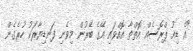
"އެ ޑިއު ޕްރޮސެއް އޮތްތާ އޮއްވައި އޭގެ ބޭރުން މިވެނި ފަނޑިޔާރަކު ހުރެގެން